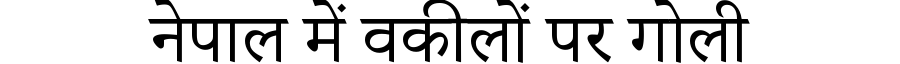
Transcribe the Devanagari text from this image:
नेपाल में वकीलों पर गोली